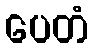
ပေတံ